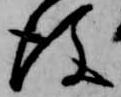
後